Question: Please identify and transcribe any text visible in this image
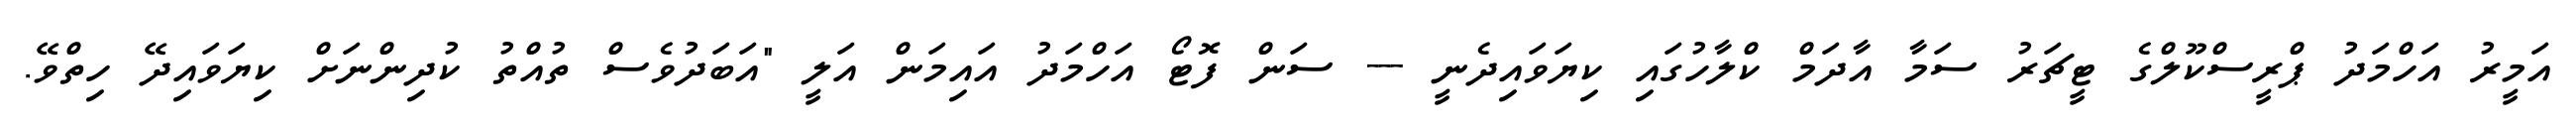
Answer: އަމީރު އަހްމަދު ޕްރީސްކޫލްގެ ޓީޗަރު ސަމާ އާދަމް ކްލާހުގައި ކިޔަވައިދެނީ --- ސަން ފޮޓޯ އަހްމަދު އައިމަން އަލީ "އަބަދުވެސް ތުއްތު ކުދިންނަށް ކިޔަވައިދޭ ހިތްވޭ.